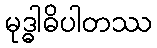
မုဒ္ဓါဓိပါတဿ